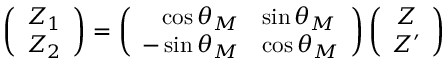
\left( \begin{array} { c } { { Z _ { 1 } } } \\ { { Z _ { 2 } } } \end{array} \right) = \left( \begin{array} { r l } { { \cos \theta _ { M } } } & { { \sin \theta _ { M } } } \\ { { - \sin \theta _ { M } } } & { { \cos \theta _ { M } } } \end{array} \right) \left( \begin{array} { c } { { Z } } \\ { { Z ^ { \prime } } } \end{array} \right)